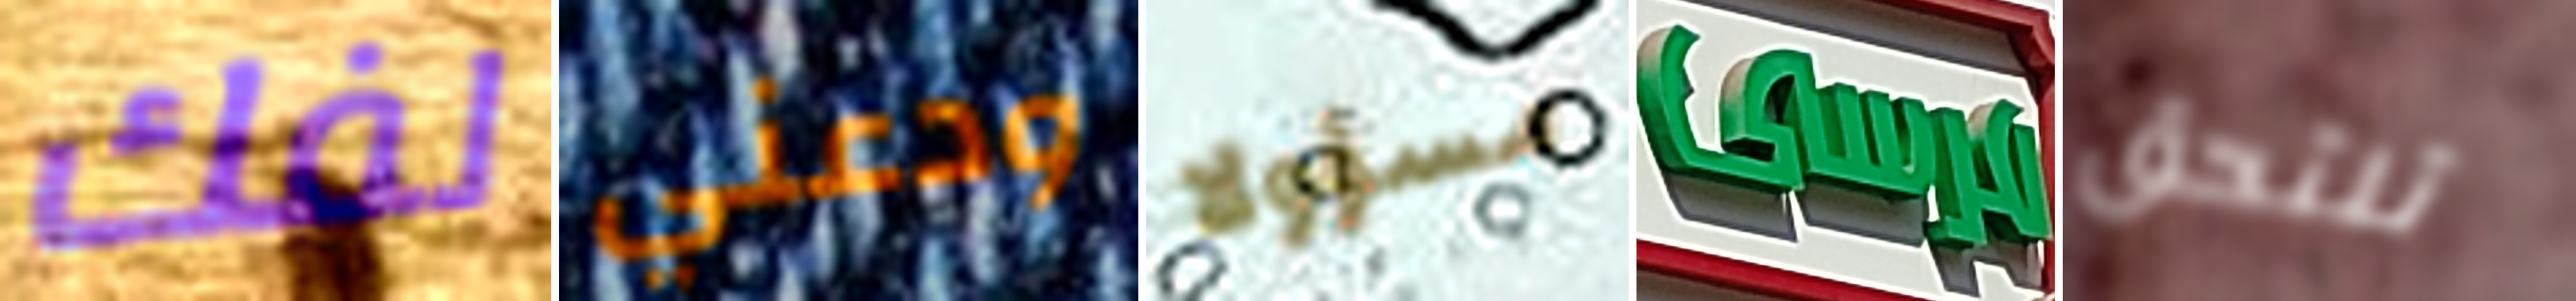
لفك ودعني مسؤولا مرسى تلتحق